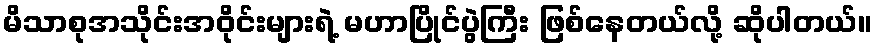
မိသာစုအသိုင်းအဝိုင်းများရဲ့ မဟာပြိုင်ပွဲကြီး ဖြစ်နေတယ်လို့ ဆိုပါတယ်။